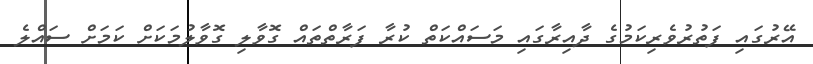
އޭރުގައި ފަތުރުވެރިކަމުގެ ދާއިރާގައި މަަސައްކަތް ކުރާ ފަރާތްތައް ގޮވާލި ގޮވާލުމަކަށް ކަމަށް ސައްލެ